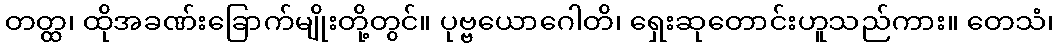
တတ္ထ၊ ထိုအခဏ်းခြောက်မျိုးတို့တွင်။ ပုဗ္ဗယောဂေါတိ၊ ရှေးဆုတောင်းဟူသည်ကား။ တေသံ၊